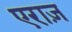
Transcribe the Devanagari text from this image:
एराज़